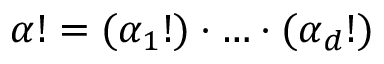
{ \boldsymbol { \alpha } } ! = ( \alpha _ { 1 } ! ) \cdot \ldots \cdot ( \alpha _ { d } ! )